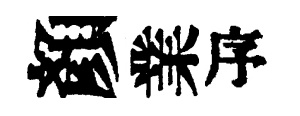
顏業瓴